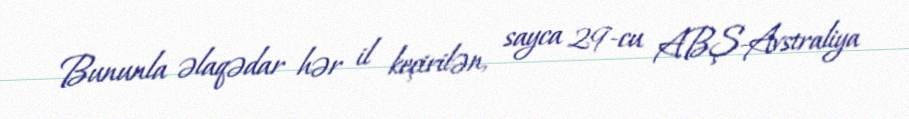
Bununla əlaqədar hər il keçirilən, sayca 29-cu ABŞ-Avstraliya